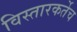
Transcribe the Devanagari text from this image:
विस्तारकर्तेच